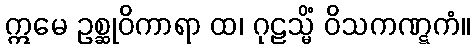
ဣမေ ဥစ္ဆုဝိကာရာ ထ၊ ဂုဠသ္မိံ ဝိသကဏ္ဋကံ။